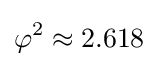
\varphi ^{2}\approx 2.618